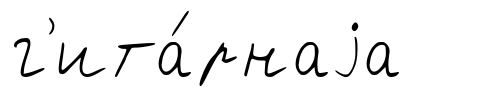
г'ита́рнаjа